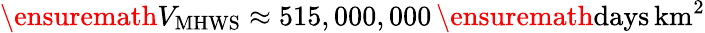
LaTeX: \ensuremath{V_{\mathrm{MHWS}}}\approx 515,000,000\, \ensuremath{\mathrm{days\, km^{2}}}